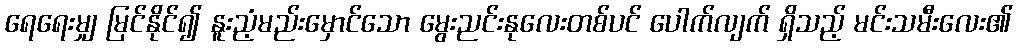
ရေရေးမျှ မြင်နိုင်၍ နူးညံ့မည်းမှောင်သော မွေးညင်းနုလေးတစ်ပင် ပေါက်လျက် ရှိသည့် မင်းသမီးလေး၏